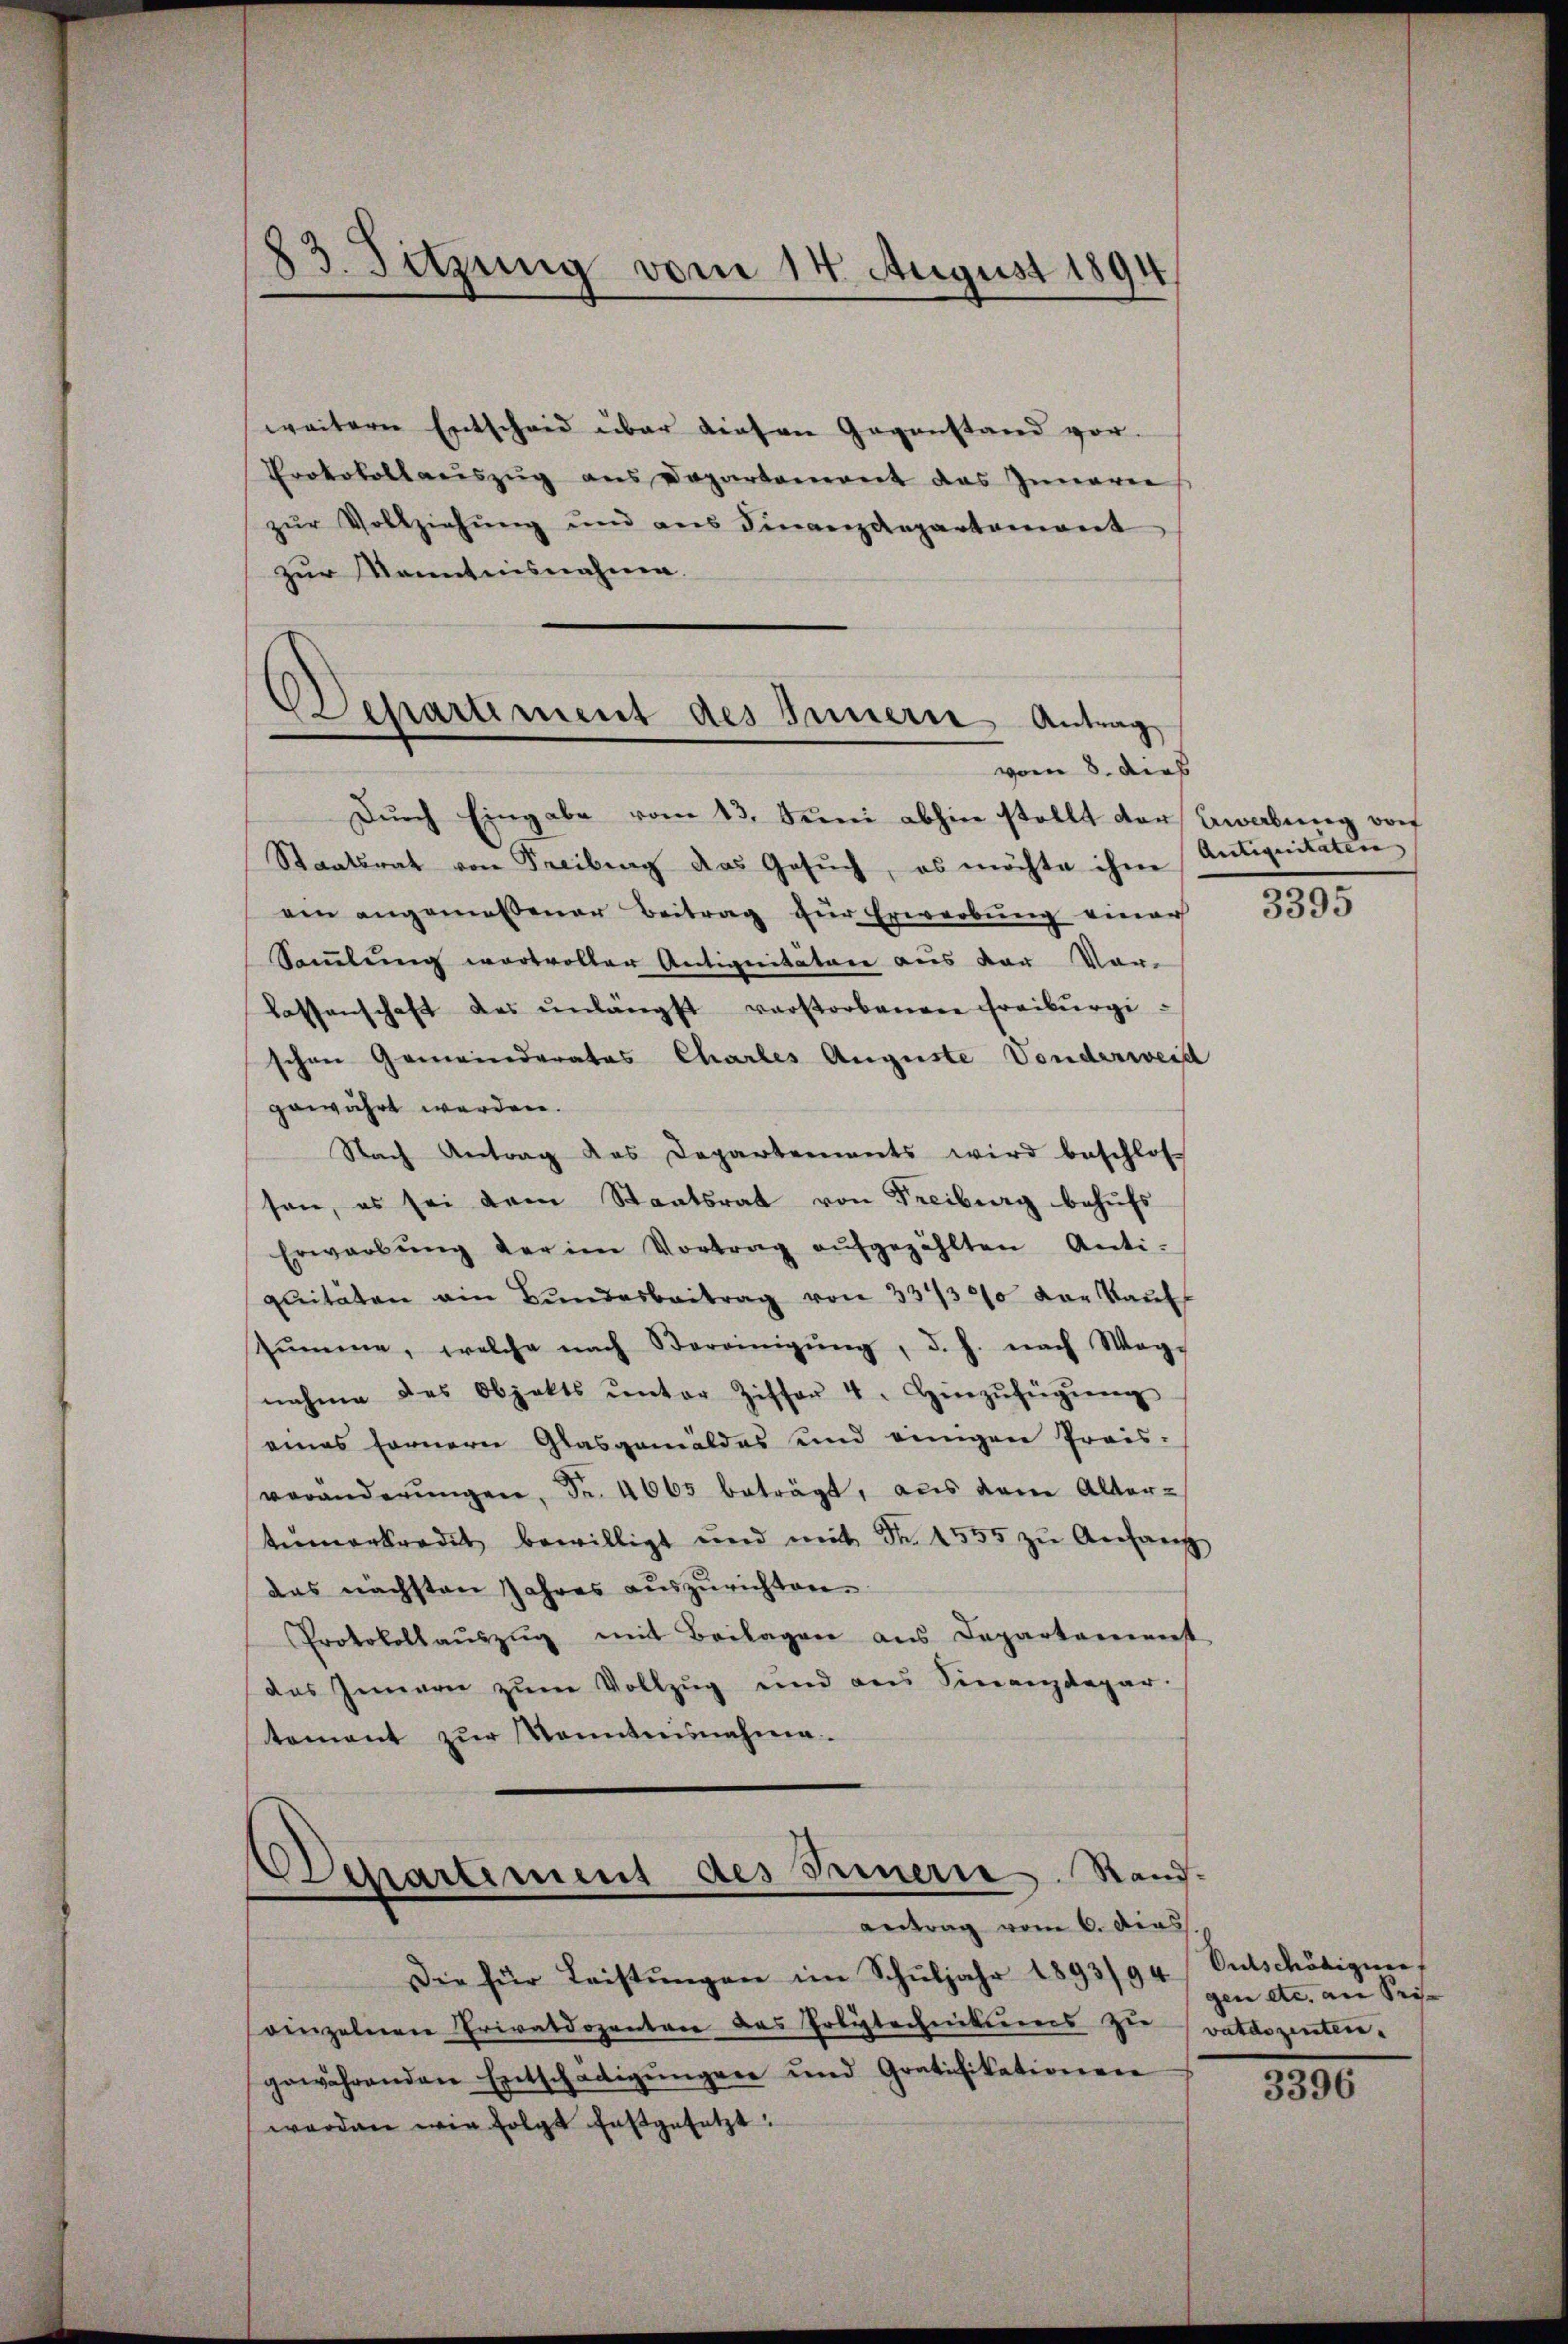
83. Sitzung vom 14. August 1894

weitern Entscheid über diesen Gegenstand vor-
Protokollauszug aus Departement das Innerer
zŭr Vollziehŭng und ans Finanzdepartamant
zur Kenntnisnahme.
Departement des Innern Antrag

vom 8. dies

Dŭrch Eingabe vom 13. Juni abhin stellt der Beabung von
Staatsrat von Freibung das Gesŭch, es möchte ihme
ein angemessener Beitrag für Erwerbung einer
Samlung wertvoller Antignitäten aus der Vorlassenschaft des unlängst verstorbenen Freiburgischen Gemeinderates Chartes Auguste Vonderweid
gewährt werden.
Nach Antrag das Departements wird beschlos
sen, es sei dem Staatsrat von Freiburg behufs
Erwarbŭng der im Vortrag aŭfgezählten Anti-
quitäten ein Bundesbeitrag von 334300 von Kaŭf
sŭmme, welche nach Vereinigŭng, d. h. nach Weg-
nahme des Objekts ŭnter Ziffer 4. Hierzŭfügŭng
eines fernern Glasgemäldes und einigen Preis-
veränderŭngen, Fr. 4065 beträgt, aus dem Alter-
tŭmarkredit bewilligt und mit Fr. 1555 zu Anfang
das nächsten Jahres auszurichten.
Protokollaŭszŭg mit Beilagen aus Departement
das Innern zum Vollzug und aus Sinanzdepar-
tement zur Kenntnisnahme.

Departement des Seinern. Rand-
antrag vom 6. dies

Die für Leistŭngen im Schŭljahr 1893/94) Entschädigun
einzelnen Privatdozenten das Erbütechnitures zivatdozenten.
gewährenden Entschädigŭngen und Gratifikationen
worden wie folgt festgesetzt:

Antiquitäten
3395

gen etc. an Pri- |

3396